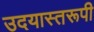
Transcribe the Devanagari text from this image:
उदयास्तरूपी